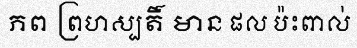
ភព ព្រហស្បតិ៍ មាន ផល ប៉ះពាល់